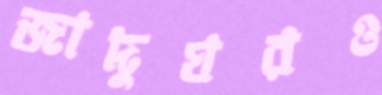
জাদুঘরও